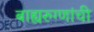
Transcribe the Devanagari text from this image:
बाह्यरुग्णांची